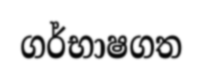
ගර්භාෂගත